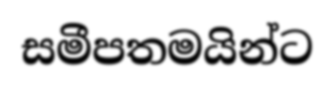
සමීපතමයින්ට